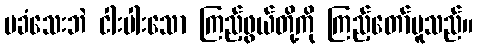
မခံသေးဘဲ ငါးပါးသော ကြည့်ဖွယ်တို့ကို ကြည့်တော်မူသည်။